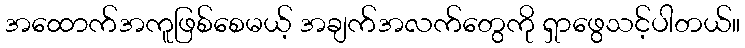
အထောက်အကူဖြစ်စေမယ့် အချက်အလက်တွေကို ရှာဖွေသင့်ပါတယ်။